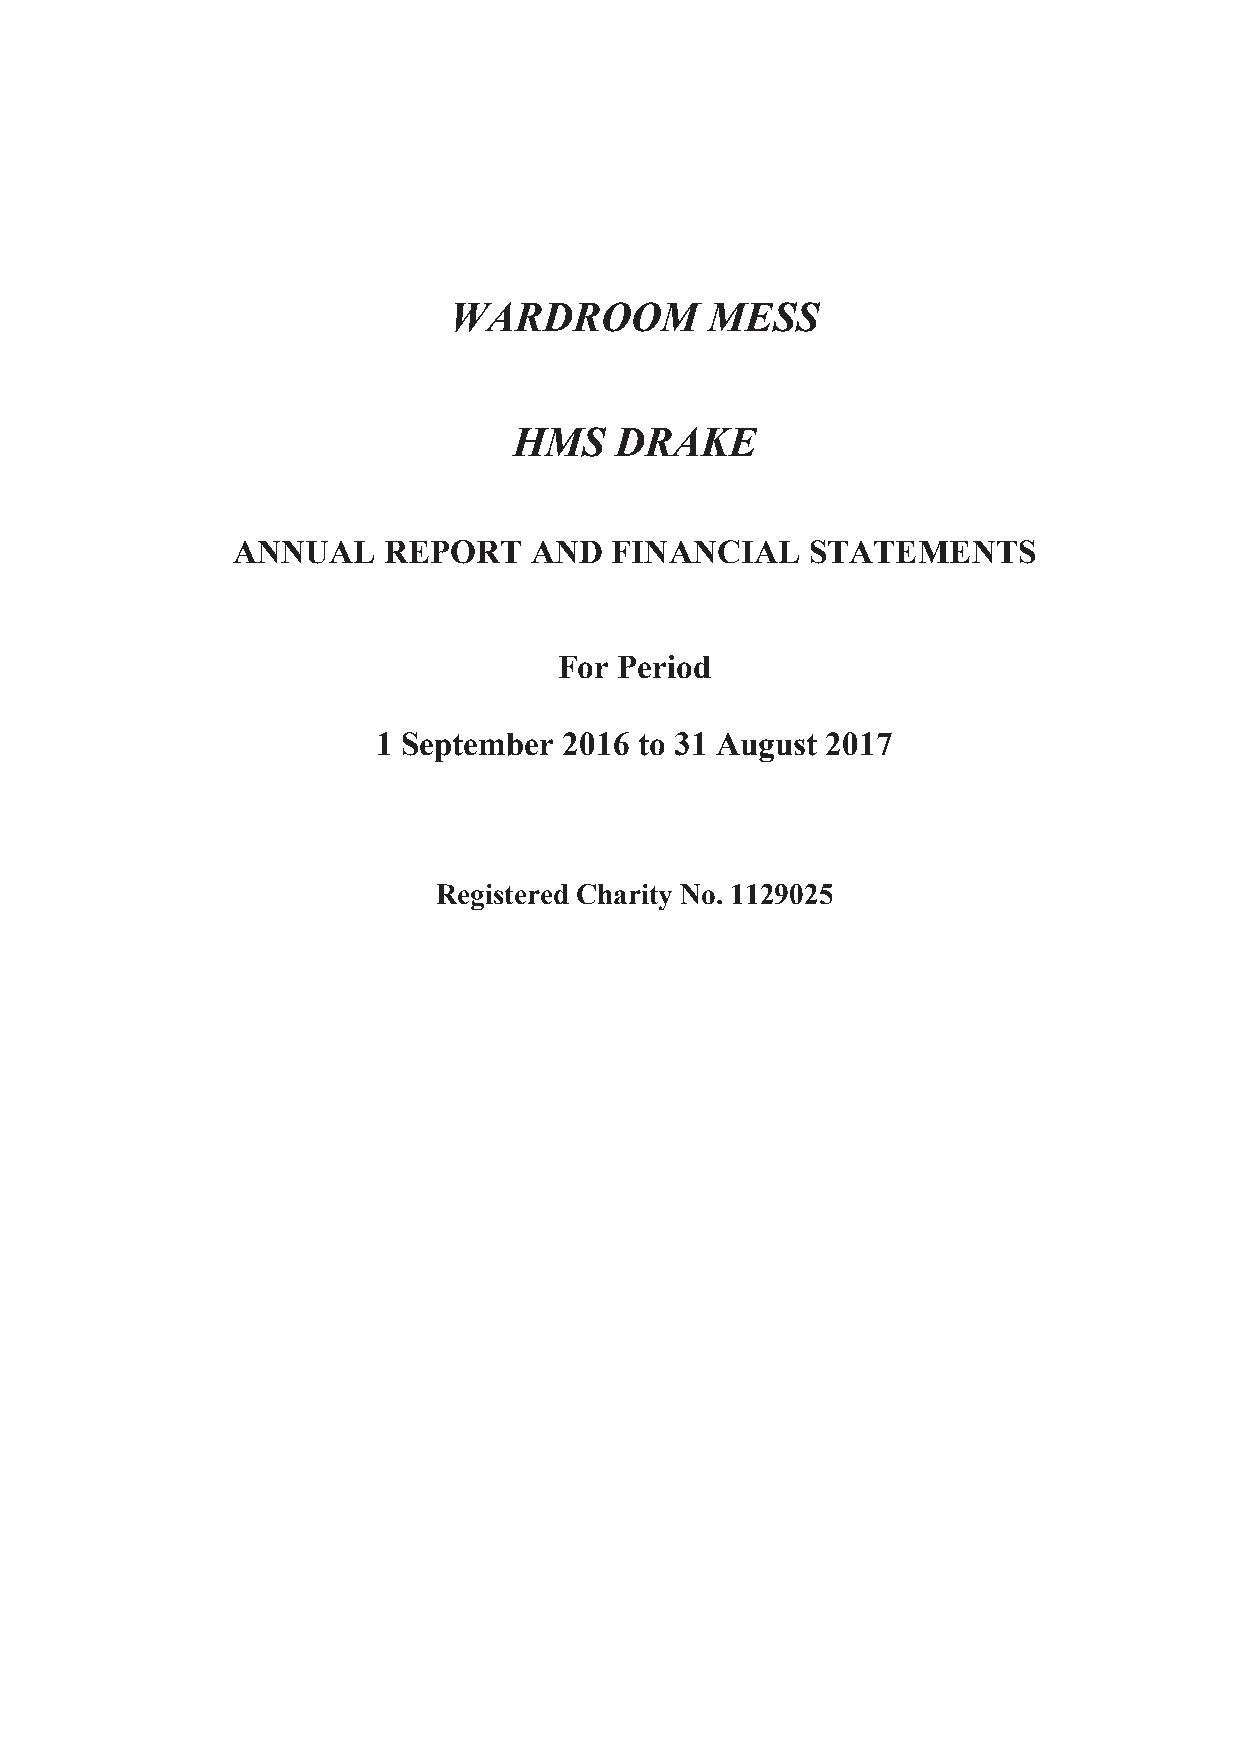
WARDROOM         MESS
 HMS    DRAKE
 ANNUAL    REPORT    AND  FINANCIAL    STATEMENTS
 For Period
 1 September 2016 to 31 August 2017
 Registered Charity No. 1129025